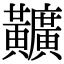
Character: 𪏪